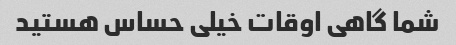
شما گاهی اوقات خیلی حساس هستید